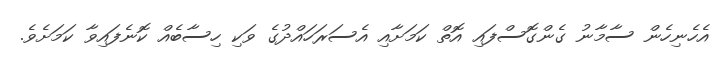
އެހެނިހެން ސާމާނު ގެންގޮސްފައި އޮތް ކަމަށާއި އެސަރަހައްދުގެ ވަކި ހިސާބެއް ކޮނެފައިވާ ކަމަށެވެ.